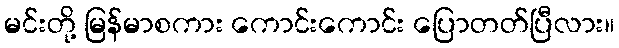
မင်းတို့ မြန်မာစကား ကောင်းကောင်း ပြောတတ်ပြီလား။